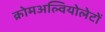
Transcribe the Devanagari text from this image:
क्रोमअल्वियोलेटों